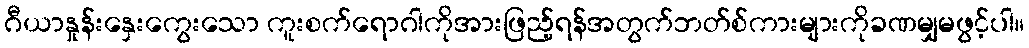
ဂီယာနှုန်းနှေးကွေးသော ကူးစက်ရောဂါကိုအားဖြည့်ရန်အတွက်ဘတ်စ်ကားများကိုခဏမျှမဖွင့်ပါ။